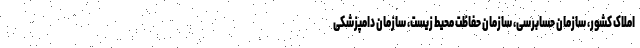
املاک کشور، سازمان حسابرسی، سازمان حفاظت محیط زیست، سازمان دامپزشکی